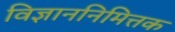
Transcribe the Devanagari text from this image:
विज्ञाननिमित्तक